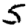
Digit: 5